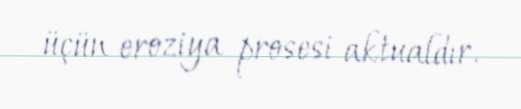
üçün eroziya prosesi aktualdır.